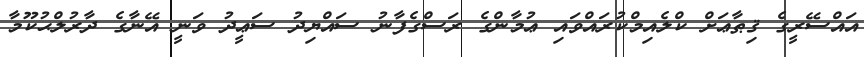
އައްސޭރީގެ ޤިޠާޢަށް ކްލެއިމްކުރައްވައި ޢުމާންގެ ރަސްގެފާނު ސައްޔިދު ސަޢީދު ވަނީީ އޭނާގެ ދާރުލްޙުކޫމާ